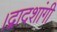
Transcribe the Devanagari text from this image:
।द्वादशांगी